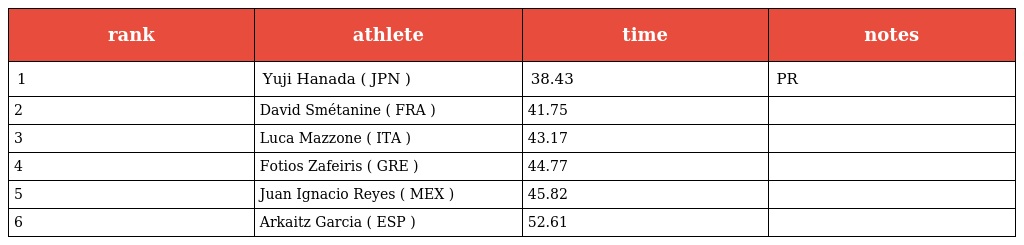
| rank | athlete | time | notes |
 | --- | --- | --- | --- |
 | 1 | Yuji Hanada ( JPN ) | 38.43 | PR |
 | 2 | David Smétanine ( FRA ) | 41.75 |  |
 | 3 | Luca Mazzone ( ITA ) | 43.17 |  |
 | 4 | Fotios Zafeiris ( GRE ) | 44.77 |  |
 | 5 | Juan Ignacio Reyes ( MEX ) | 45.82 |  |
 | 6 | Arkaitz Garcia ( ESP ) | 52.61 |  |